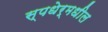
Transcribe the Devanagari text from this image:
स्पधेर्मधील